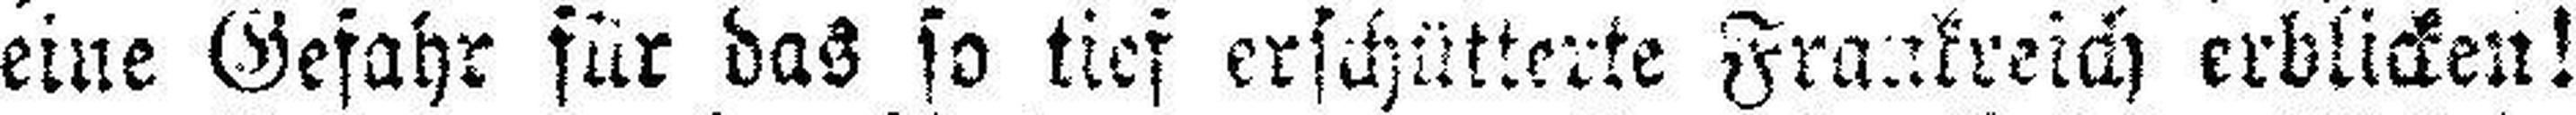
eine Gefahr für das so tief erschütterte Frankreich erblicken!